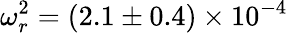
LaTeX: \omega_{r}^{2}=(2.1\pm 0.4)\times 10^{-4}